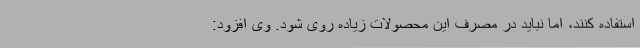
استفاده کنند، اما نباید در مصرف این محصولات زیاده روی شود. وی افزود: